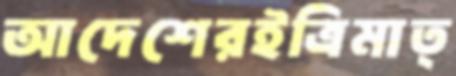
আদেশেরইত্রিমাত্